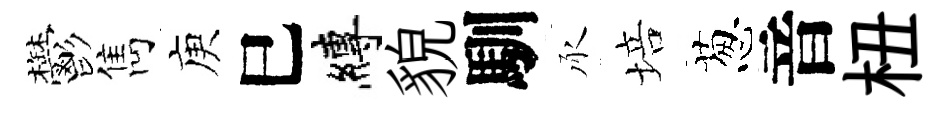
鬱雋庾巳縛貌馴承培葱音杻